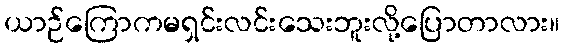
ယာဉ်ကြောကမရှင်းလင်းသေးဘူးလို့ပြောတာလား။